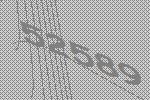
52589